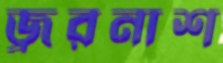
জ্বরনাশ